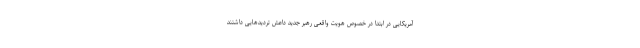
آمریکایی در ابتدا در خصوص هویت واقعی رهبر جدید داعش تردیدهایی داشتند